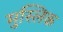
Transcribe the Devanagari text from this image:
मुस्लिक